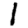
Digit: 1